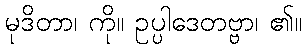
မုဒိတာ၊ ကို။ ဥပ္ပါဒေတဗ္ဗာ၊ ၏။